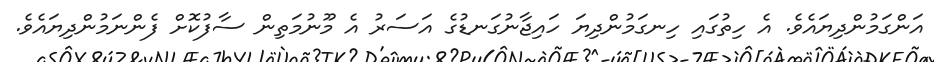
އަންގަމުންދިޔައެވެ. އެ ހިތުގައި ހިނގަމުންދިޔަ ހައިޖާނުގަނޑުގެ އަސަރު އެ މޫނުމަތިން ސާފުކޮށް ފެންނަމުންދިޔައެވެ.